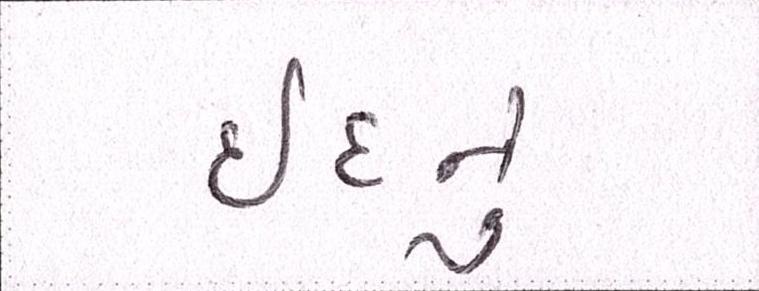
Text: ઇદનું